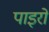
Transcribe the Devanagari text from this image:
पाइरो